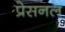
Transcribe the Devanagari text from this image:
प्रेसनल